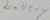
Text: battery